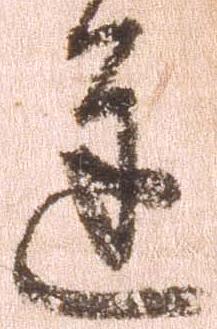
進